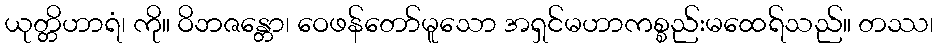
ယုတ္တိဟာရံ၊ ကို။ ဝိဘဇန္တော၊ ဝေဖန်တော်မူသော အရှင်မဟာကစ္စည်းမထေရ်သည်။ တဿ၊